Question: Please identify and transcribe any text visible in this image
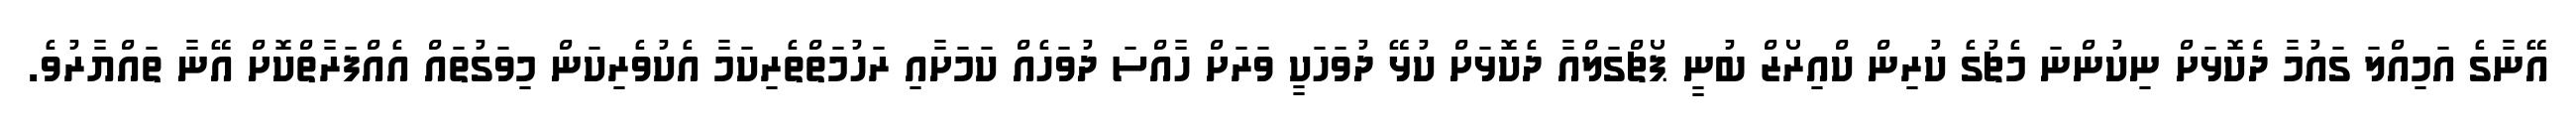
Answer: އޭނާގެ އަމިއްލަ ގައުމާ ދެކޮޅަށް ނިކުންނަ މެޗުގެ ކުރިން ކްއިރޯޒް ބުނީ ޕޯޗްގަލްއާ ދެކޮޅަށް ކުޅޭ ދުވަހަކީ ވަރަށް ހާއްސަ ދުވަހެއް ކަމަށާއި ރަހުމަތްތެރިކަމާ އެކުވެރިކަން މިވަގުތައް އެއްފަރާތްކޮށް އޭނާ ތައްޔާރުވެ.